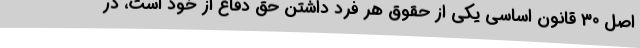
اصل 30 قانون اساسی یکی از حقوق هر فرد داشتن حق دفاع از خود است، در